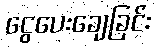
ငွေပေးချေခြင်း